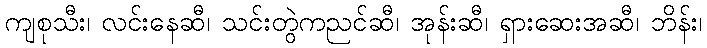
ကျစုသီး၊ လင်းနေဆီ၊ သင်းတွဲကညင်ဆီ၊ အုန်းဆီ၊ ရှားဆေးအဆီ၊ ဘိန်း၊